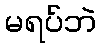
မရပ်ဘဲ